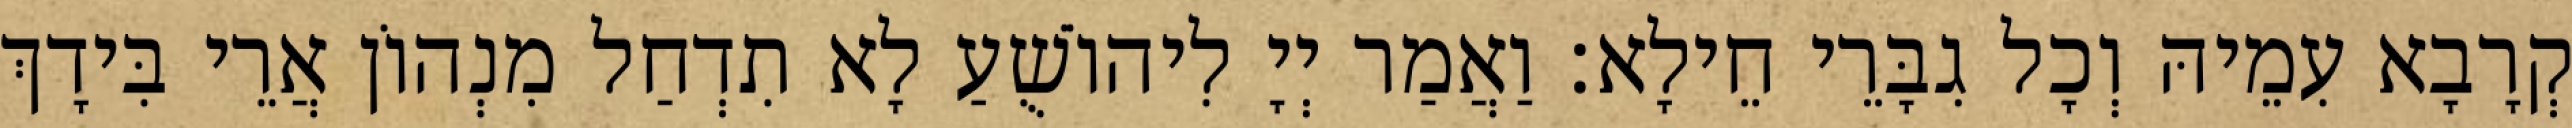
קְרָבָא עִמֵיהּ וְכָל גִבָּרֵי חֵילָא׃ וַאֲמַר יְיָ לִיהוֹשֻׁעַ לָא תִדְחַל מִנְהוֹן אֲרֵי בִּידָךְ